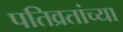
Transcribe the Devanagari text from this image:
पतिव्रतांच्या